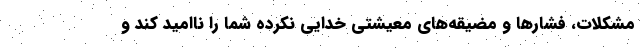
مشکلات، فشار‌ها و مضیقه‌های معیشتی خدایی نکرده شما را ناامید کند و